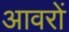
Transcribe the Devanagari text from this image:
आवरों